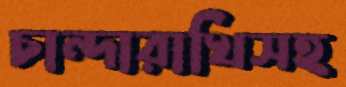
চান্দারাখিসহ